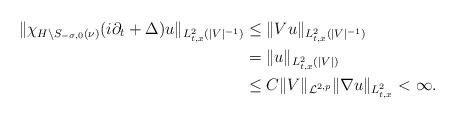
LaTeX: \begin{align*}\|\chi_{H\setminus S_{-\sigma,0}(\nu)}(i\partial_t+\Delta)u\|_{L_{t,x}^2(|V|^{-1})}&\leq\|Vu\|_{L_{t,x}^2(|V|^{-1})}\\&=\|u\|_{L_{t,x}^2(|V|)}\\&\leq C\|V\|_{\mathcal{L}^{2,p}}\|\nabla u\|_{L_{t,x}^2}<\infty.\end{align*}